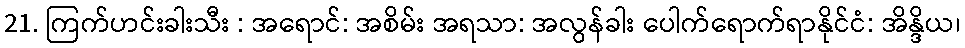
21. ကြက်ဟင်းခါးသီး : အရောင်: အစိမ်း အရသာ: အလွန်ခါး ပေါက်ရောက်ရာနိုင်ငံ: အိန္ဒိယ၊